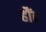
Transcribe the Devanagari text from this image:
हौंद